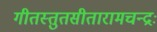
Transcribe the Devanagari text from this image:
गीतस्तुतसीतारामचन्द्रः